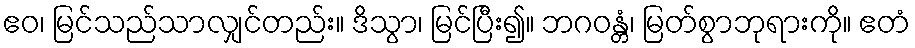
ဧဝ၊ မြင်သည်သာလျှင်တည်း။ ဒိသွာ၊ မြင်ပြီး၍။ ဘဂဝန္တံ၊ မြတ်စွာဘုရားကို။ ဧတံ